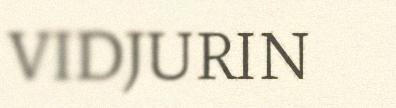
VIDJURIN